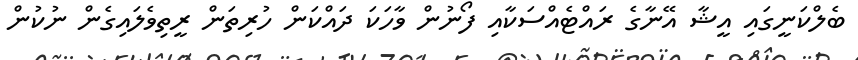
ބެލްކަނީގައި އީޝާ އޭނާގެ ރައްޓެއްސަކާއި ފޯނުން ވާހަކަ ދައްކަން ހުރިތަން ރީތިވެލައިގެން ނުކުން